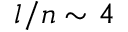
l / n \sim 4